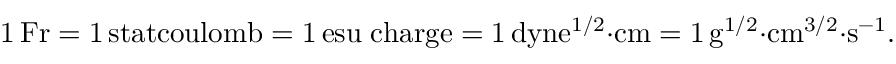
\mathrm { 1 \, F r = 1 \, s t a t c o u l o m b = 1 \, e s u \; c h a r g e = 1 \, d y n e ^ { 1 / 2 } { \cdot } c m = 1 \, g ^ { 1 / 2 } { \cdot } c m ^ { 3 / 2 } { \cdot } s ^ { - 1 } } .